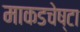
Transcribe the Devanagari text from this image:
माकडचेष्टा